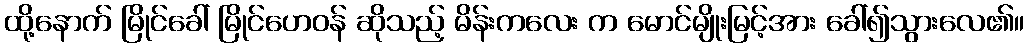
ထို့နောက် မြိုင်ခေါ် မြိုင်ဟေဝန် ဆိုသည့် မိန်းကလေး က မောင်မျိုးမြင့်အား ခေါ်၍သွားလေ၏။